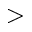
>